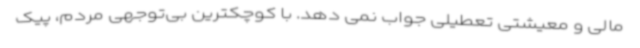
مالی و معیشتی تعطیلی جواب نمی دهد. با کوچکترین بی‌توجهی مردم، پیک